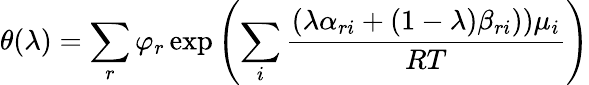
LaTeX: \theta(\lambda)=\sum_{r}\varphi_{r}\exp\left(\sum_{i}{\frac{(\lambda\alpha_{ri}+(1-\lambda)\beta_{ri}))\mu_{i}}{RT}}\right)